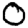
Digit: 0